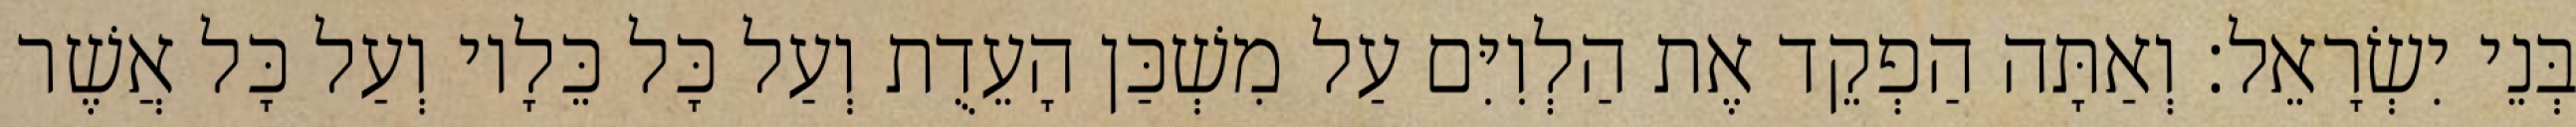
בְּנֵי יִשְׂרָאֵל׃ וְאַתָּה הַפְקֵד אֶת הַלְוִיִּם עַל מִשְׁכַּן הָעֵדֻת וְעַל כָּל כֵּלָיו וְעַל כָּל אֲשֶׁר